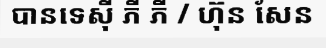
បានទេស៊ី ភី ភី / ហ៊ុន សែន